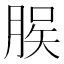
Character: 𫞆